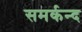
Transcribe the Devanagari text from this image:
समर्कन्द